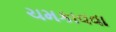
ચમકાવવા